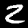
Digit: 2